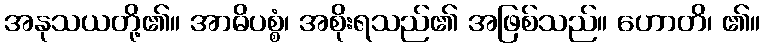
အနုသယတို့၏။ အာဓိပစ္စံ၊ အစိုးရသည်၏ အဖြစ်သည်။ ဟောတိ၊ ၏။